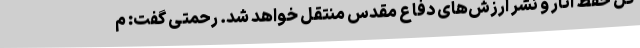
کل حفظ آثار و نشر ارزش‌های دفاع مقدس منتقل خواهد شد. رحمتی گفت: م